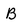
Character: B